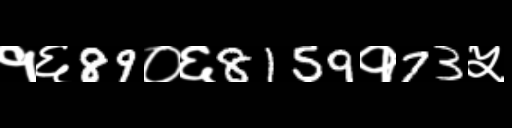
Text: १६89०६8159१73५